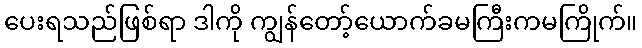
ပေးရသည်ဖြစ်ရာ ဒါကို ကျွန်တော့်ယောက်ခမကြီးကမကြိုက်။